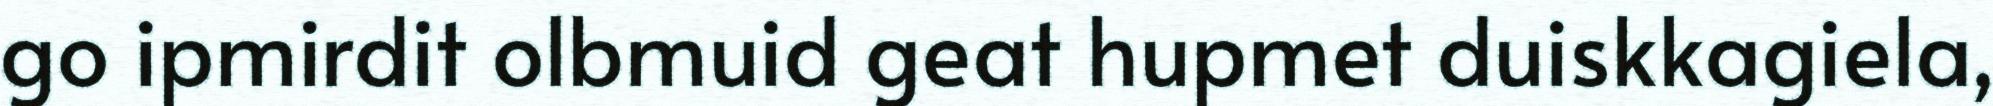
go ipmirdit olbmuid geat hupmet duiskkagiela,